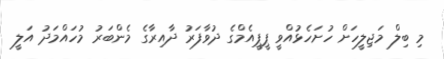
މި ބިލް މަޖިލީހަށް ހުށަހެޅުއްވީ ޕީޕީއެމްގެ ދުވާފަރު ދާއިރާގެ މެންބަރު މުހައްމަދު އަލީ